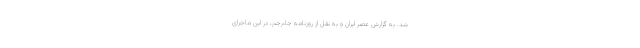
شد. به گزارش عصر ایران و به نقل از روزنامه جام‌جم، در این ماجرای